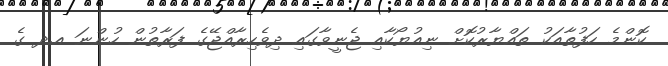
ކޮންމެ ހަފުތާއަކު ތައްޔާރުކޮށް ނިއުޔޯކާއި ޖެނީވާގައި ދިވެހިރާއްޖޭގެ ފަރާތުން ހުންނަ އ.ދ ގެ